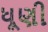
ધૂણી